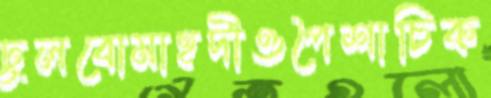
ঢুলবোমাহদীওপৈশাচিক